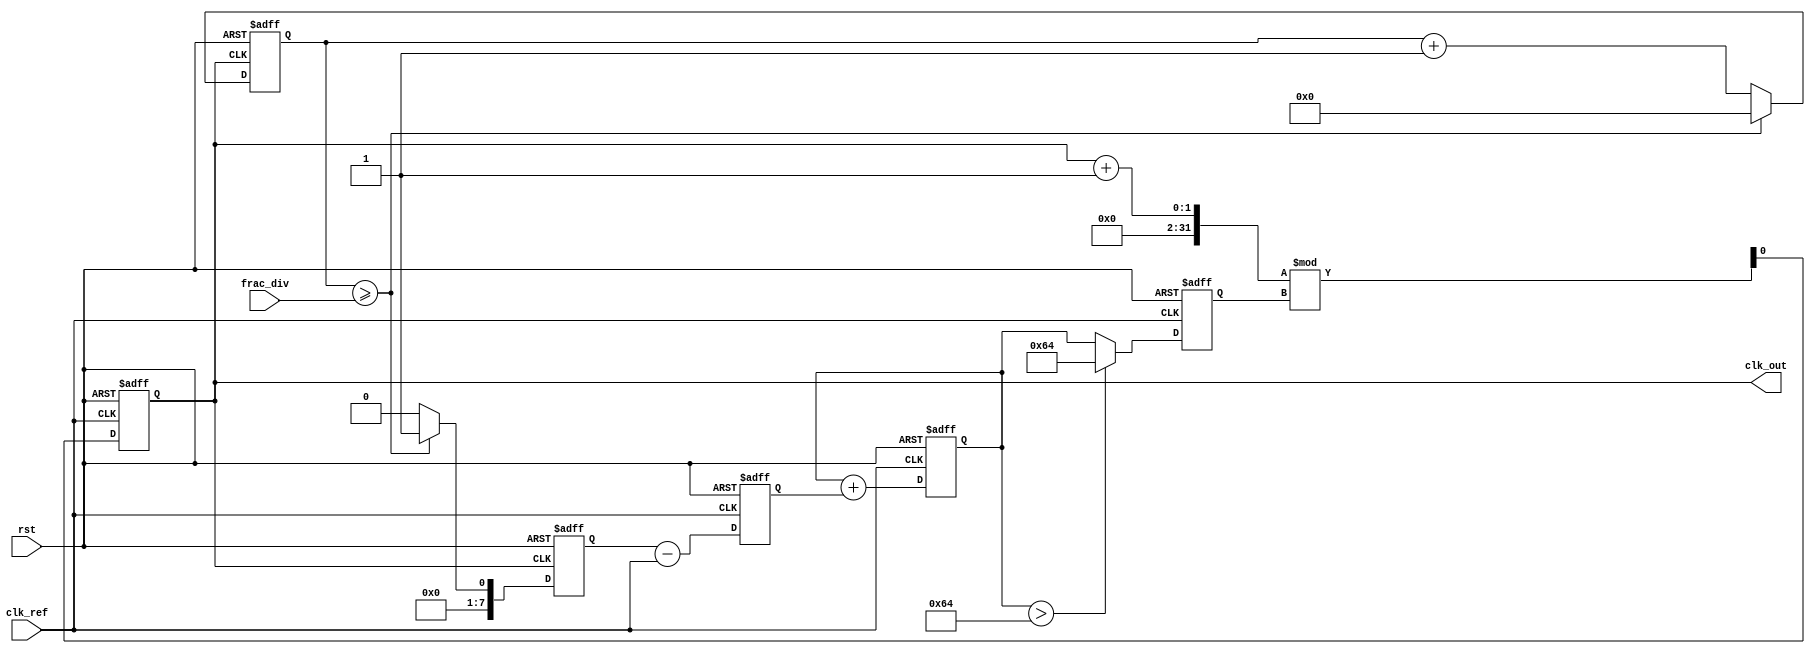
module frac_n_pll (
    input wire clk_ref,          // Reference clock input
    input wire rst,              // Reset signal
    input wire [N-1:0] frac_div, // Fractional division ratio
    output reg clk_out           // Output clock
);
    parameter N = 8;             // Bit width for fractional division
    parameter VCO_MAX_FREQ = 100; // Max VCO frequency (arbitrary units)
    
    reg [N-1:0] phase_error;     // Phase error signal
    reg [N-1:0] control_voltage;  // Control voltage for VCO
    reg [N-1:0] vco_freq;         // Current VCO frequency
    reg [N-1:0] divider_count;    // Divider count for feedback
    reg [N-1:0] feedback;         // Feedback signal from divider

    // Phase Detector (PD)
    always @(posedge clk_ref or posedge rst) begin
        if (rst) begin
            phase_error <= 0;
        end else begin
            // Simple phase detection logic (for illustration)
            phase_error <= feedback - clk_ref; // Phase error calculation
        end
    end

    // Loop Filter (simple integrator for demonstration)
    always @(posedge clk_ref or posedge rst) begin
        if (rst) begin
            control_voltage <= 0;
        end else begin
            control_voltage <= control_voltage + phase_error; // Integrate phase error
        end
    end

    // Voltage-Controlled Oscillator (VCO)
    always @(posedge clk_ref or posedge rst) begin
        if (rst) begin
            vco_freq <= 0;
            clk_out <= 0;
        end else begin
            // Control VCO frequency based on control voltage
            vco_freq <= (control_voltage > VCO_MAX_FREQ) ? VCO_MAX_FREQ : control_voltage;
            clk_out <= (clk_out + 1) % vco_freq; // Generate output clock
        end
    end

    // Frequency Divider
    always @(posedge clk_out or posedge rst) begin
        if (rst) begin
            divider_count <= 0;
            feedback <= 0;
        end else begin
            divider_count <= divider_count + 1;
            if (divider_count >= frac_div) begin
                feedback <= 1; // Feedback signal to phase detector
                divider_count <= 0; // Reset divider count
            end else begin
                feedback <= 0;
            end
        end
    end
endmodule